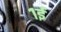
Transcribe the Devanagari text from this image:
१ई